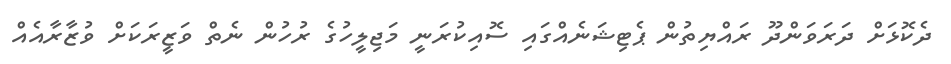
ދެކޮޅަށް ދަރަވަންދޫ ރައްޔިތުން ޕެޓިޝަނެއްގައި ސޮއިކުރަނީ މަޖިލީހުގެ ރުހުން ނެތް ވަޒީރަކަށް ވުޒާރާއެއް